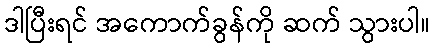
ဒါပြီးရင် အကောက်ခွန်ကို ဆက် သွားပါ။